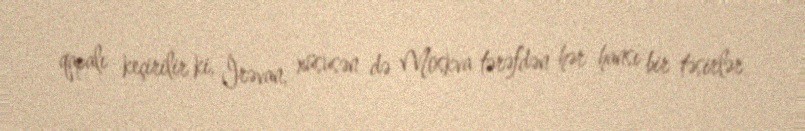
qapalı keçirilir ki, İrəvan, xüsusən də Moskva tərəfdən hər hansı bir təsirlər